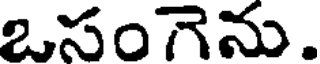
ఒసంగెను.